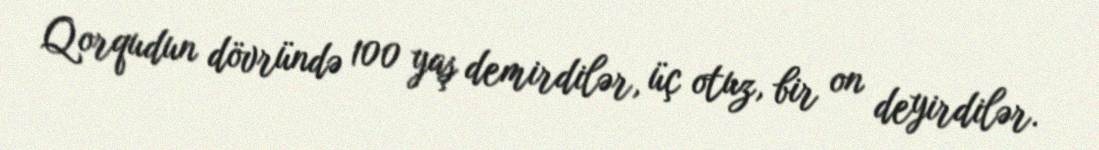
Qorqudun dövründə 100 yaş demirdilər, üç otuz, bir on deyirdilər.